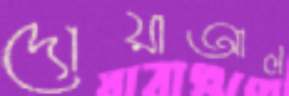
দোয়াআল